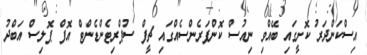
އިސްކަންދަރު ކޮށީގައި ބޭއްވި ނިއުސް ކޮންފަރެންސެއްގައި ޗީފް ސުޕްރިޓެންޑެންޓް އޮފް ޕޮލިސް އަބްދު